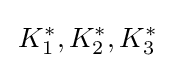
\,K_{1}^{*},K_{2}^{*},K_{3}^{*}